Annual administration report of the Civil Veterinary Department of India - 1898-1899
Year: 1898
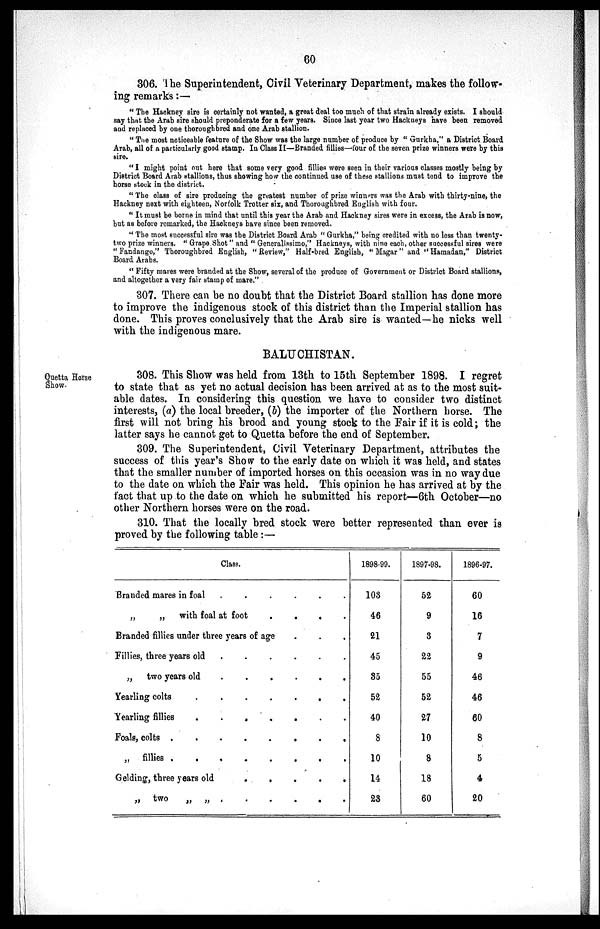
60
306. The Superintendent, Civil Veterinary Department, makes the follow-
ing remarks:—
"The Hackney sire is certainly not wanted, a great deal too much of that strain already exists. I should
say that the Arab sire should preponderate for a few years. Since last year two Hackneys have been removed
and replaced by one thoroughbred and one Arab stallion.
"The most noticeable feature of the Show was the large number of produce by "Gurkha," a District Board
Arab, all of a particularly good stamp. In Class II—Branded fillies—four of the seven prize winners were by this
sire.
"I might point out here that some very good fillies were seen in their various classes mostly being by
District Board Arab stallions, thus showing how the continued use of these stallions must tend to improve the
horse stock in the district.
"The class of sire producing the greatest number of prize winners was the Arab with thirty-nine, the
Hackney next with eighteen, Norfolk Trotter six, and Thoroughbred English with four.
"It must be borne in mind that until this year the Arab and Hackney sires were in excess, the Arab is now,
but as before remarked, the Hackneys have since been removed.
"The most successful sire was the District Board Arab "Gurkha," being credited with no less than twenty-
two prize winners. "Grape Shot" and "Generalissimo," Hackneys, with nine each, other successful sires were
"Fandango," Thoroughbred English, "Review," Half-bred English, "Magar" and "Hamadan," District
Board Arabs.
"Fifty mares were branded at the Show, several of the produce of Government or District Board stallions,
and altogether a very fair stamp of mare."
307. There can be no doubt that the District Board stallion has done more
to improve the indigenous stock of this district than the Imperial stallion has
done. This proves conclusively that the Arab sire is wanted—he nicks well
with the indigenous mare.
BALUCHISTAN.
Quetta Horse
Show.
308. This Show was held from 13th to 15th September 1898. I regret
to state that as yet no actual decision has been arrived at as to the most suit-
able dates. In considering this question we have to consider two distinct
interests, (a) the local breeder, (b) the importer of the Northern horse. The
first will not bring his brood and young stock to the Fair if it is cold; the
latter says he cannot get to Quetta before the end of September.
309. The Superintendent, Civil Veterinary Department, attributes the
success of this year's Show to the early date on which it was held, and states
that the smaller number of imported horses on this occasion was in no way due
to the date on which the Fair was held. This opinion he has arrived at by the
fact that up to the date on which he submitted his report—6th October—no
other Northern horses were on the road.
310. That the locally bred stock were better represented than ever is
proved by the following table:—
Class.
Branded mares in foal
.
.
.
.
.
.
„
„ with foal at foot . . . .
Branded fillies under three years of age . . .
Fillies, three years old . . . . . .
„ two years old . . . . . .
Yearling colts . . . . . .
Yearling fillies . . . . . . .
Foals, colts . . . . . . . .
„ fillies . . . . .
Gelding, three years old . . . . .
„ two „ „ . . . . . . .
1898-99.
103
46
21
45
35
52
40
8
10
14
23
1897-98.
52
9
3
22
55
52
27
10
8
18
60
1896-97.
60
16
7
9
46
46
60
8
5
4
20